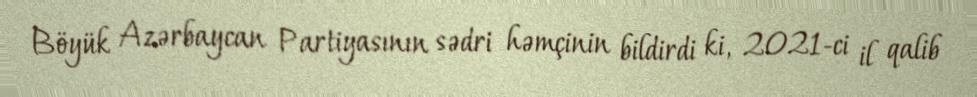
Böyük Azərbaycan Partiyasının sədri həmçinin bildirdi ki, 2021-ci il qalib